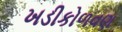
ખડીકોળવણ